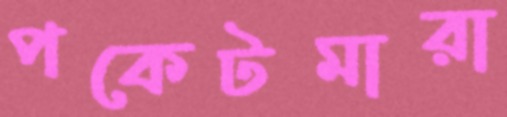
পকেটমারা